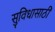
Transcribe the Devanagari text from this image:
सुविधासाठी